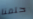
حلمنا